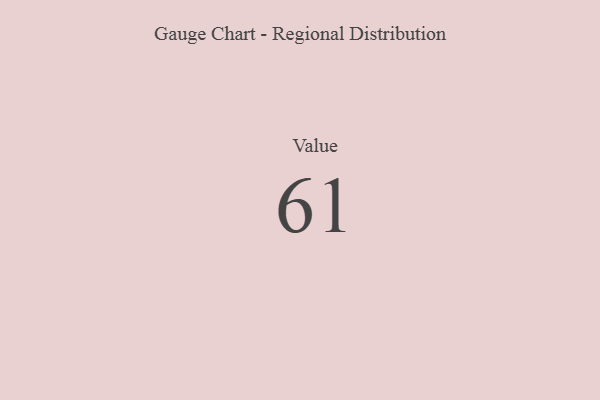
{"axis": {"x": "Metric", "y": "Value"}, "legend": [""], "data": [{"x": "Value", "y": 61, "type": ""}]}